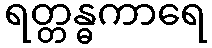
ရတ္တန္ဓကာရေ